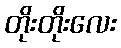
တိုးတိုးလေး